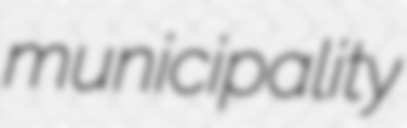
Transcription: municipality